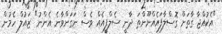
"އެކުއްޖާ ގާތަށް ގޮސްލާފައެއްނޫންތަ ދާނީ ސެލްފީއެއް ވެސް ނަގަންވާނެ އެންނު" ޒައުލް ހެމުން